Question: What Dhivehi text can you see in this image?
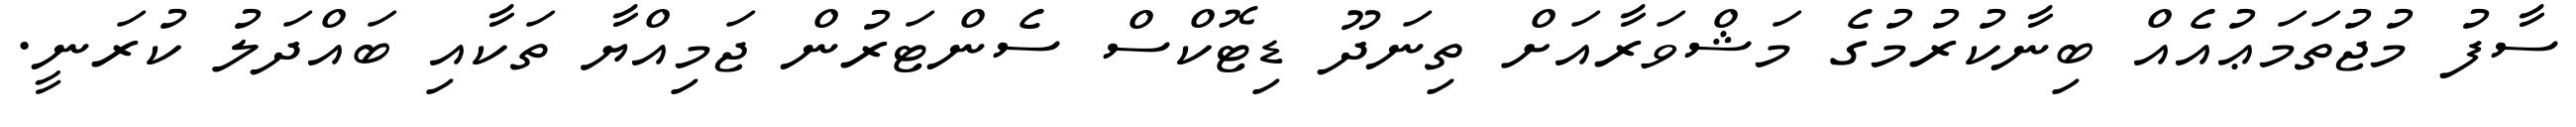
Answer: ސާފު މުޖުތަމަޢުއެއް ބިނާކުރުމުގެ މަޝްވަރާއަށް ތިނަދޫ ޑިޓޮކްސް ސެންޓަރުން ޖަމިއްޔާ ތަކާއި ބައްދަލު ކުރަނީ.